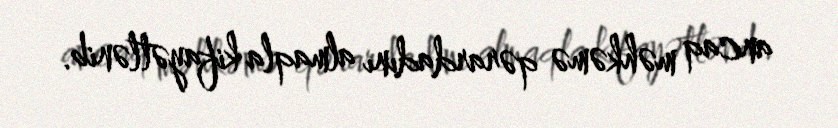
ancaq məhkəmə qərardadını almaqla kifayətlənib.